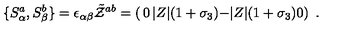
\{ S _ { \alpha } ^ { a } , S _ { \beta } ^ { b } \} = \epsilon _ { \alpha \beta } \tilde { \cal Z } ^ { a b } = \left( \begin{matrix} { 0 } & { | Z | ( 1 + \sigma _ { 3 } ) } \\ { - | Z | ( 1 + \sigma _ { 3 } ) } & { 0 } \\ \end{matrix} \right) \ .